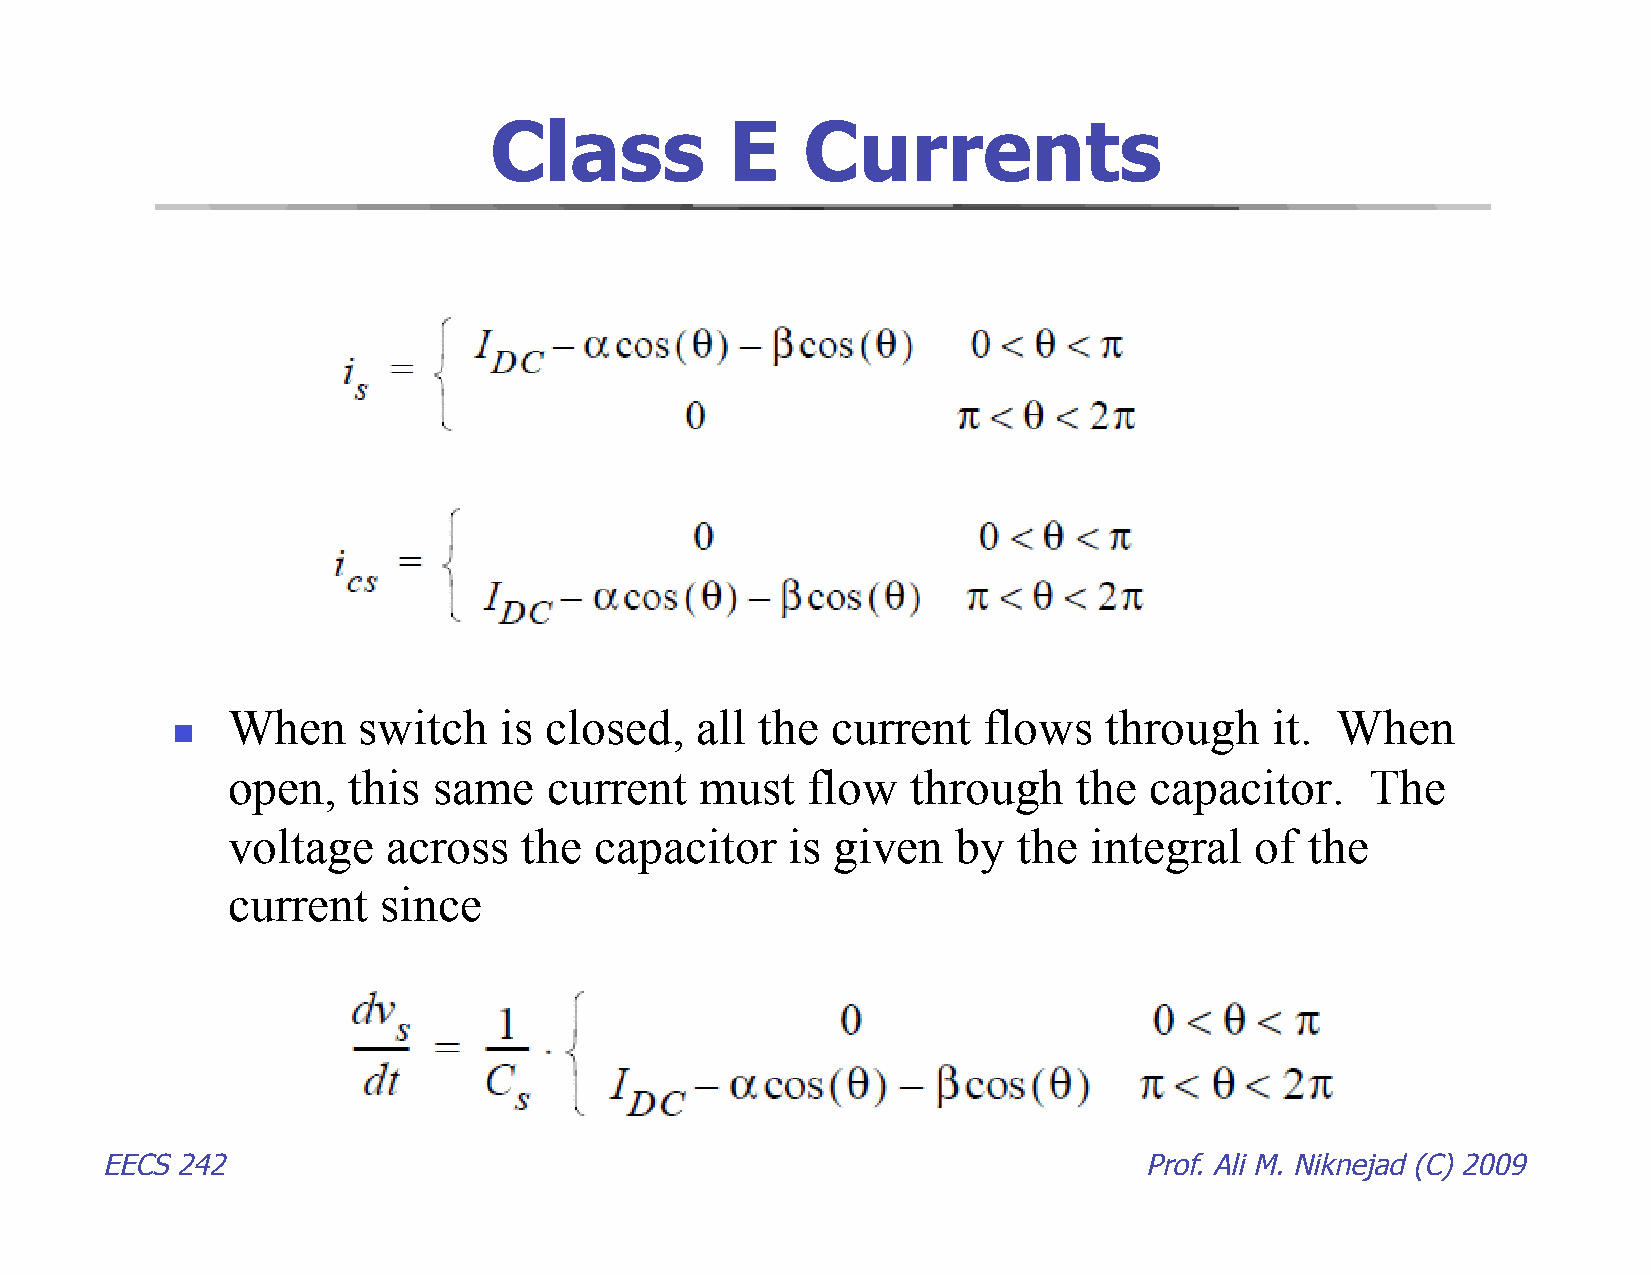
Class           E    Currents
 When     switch   is closed,   all the  current   flows   through    it. When
 
 open,   this  same   current   must   flow   through    the  capacitor.     The
 voltage    across   the capacitor    is given   by  the  integral   of  the
 current   since
 EECS 242                                                             Prof. Ali M. Niknejad (C) 2009